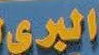
البري